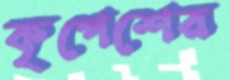
কৃপেশের